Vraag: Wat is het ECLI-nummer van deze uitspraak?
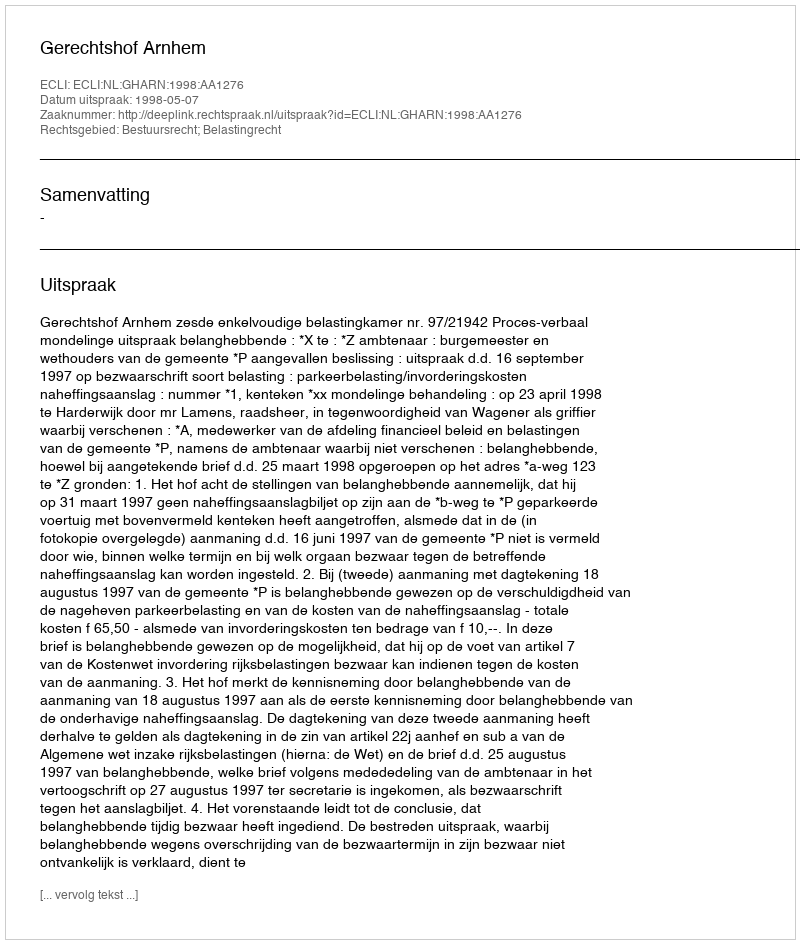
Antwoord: ECLI:NL:GHARN:1998:AA1276